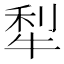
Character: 犁